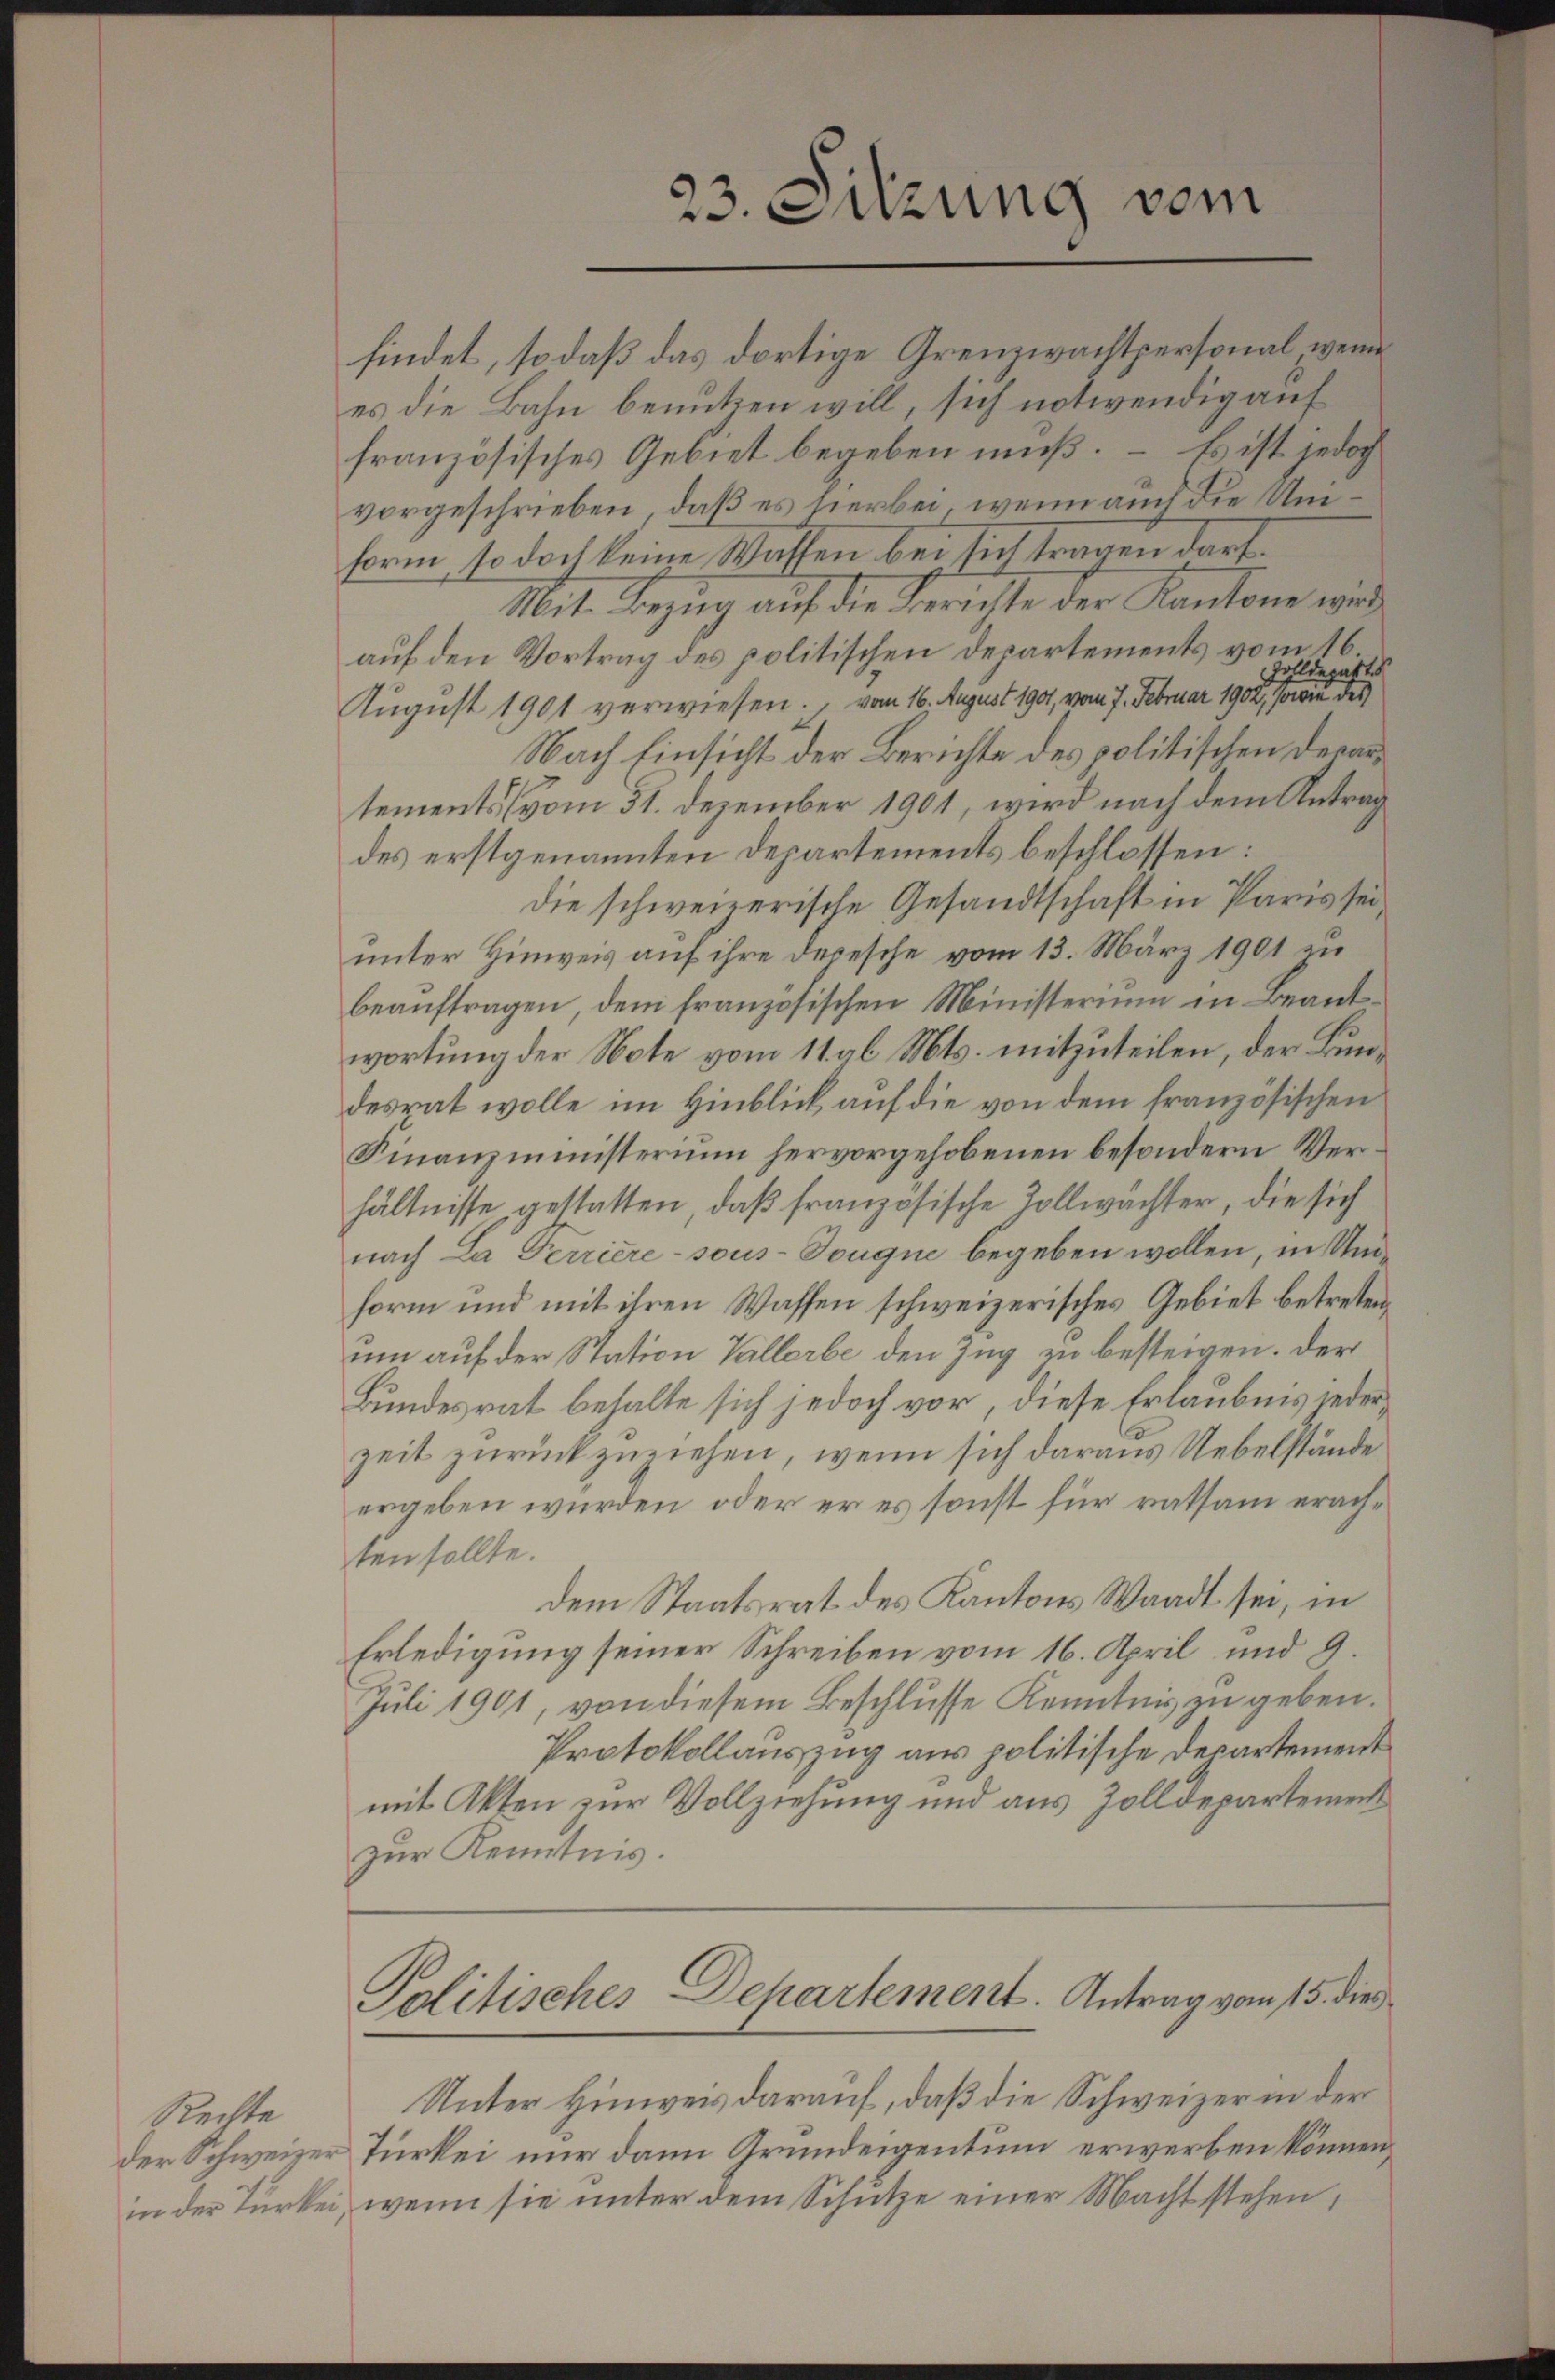
steilte
der Schweizer

findet, so daß das dortige Grenzwachtpersonal, wenn
es die Bahn benutzen will, sich notwendig auf
französisches Gebiet begeben muß. – Es ist jedoch
vorgeschrieben, daß es hierbei, wenn auch die Uni¬
Form, so doch keine Waffen bei sich tragen darf.
Mit Bezug auf die Berichte der Kantone wird
auf den Vortrag des politischen Departements vom 16
olldeparte
August 1901 verwiesen., vom 16. August 1901, vom 7. Februar 1902, sowie des
Nach Einsicht der Berichte des politischen Departements (vom 31. Dezember 1901, wird nach dem Antrag
des erstgenannten Departements beschlossen:
die schweizerische Gesandtschaft in Paris sei
unter Hinweis auf ihre Depesche vom 13. März 1901 zu
beauftragen, dem französischen Ministerium in Beantwortung der Note vom 11. gl. Mts. mitzuteilen, der Bundesrat wolle im Hinblick auf die von dem französischen
Finanzministerium hervorgehobenen besondern Verhältnisse gestatten, daß französische Zollwächter, die sich
nach La Perriere - sous-Tougne begeben wollen, in Unform und mit ihren Wassen schweizerisches Gebiet betretenum auf der Station Vallerbe den Zug zu besteigen. Der
Bundesrat behalte sich jedoch vor, diese Erlaubnis jederzeit zurückzuziehen, wenn sich daraus Uebelstände
ergeben würden, oder er es sonst für ratsam erachten sollte.
dem Staatsrat des Kantons Waadt sei, in
Erledigung seiner Schreiben vom 16. April und 9.
Juli 1901, von diesem Beschlusse Kenntnis zu geben.
Protokollauszug aus politische Departement
mit Akten zur Vollziehung und aus Zolldepartement
zur Kenntnis.

23. Sitzung vom

Politisches Departement. Antrag vom 15. dies

Unter Hinweis darauf, daß die Schweizer in der
Türkei nur dann Grundeigentum erwerben können,
in der Türkei, wenn sie unter dem Schutze einer Macht stehen,